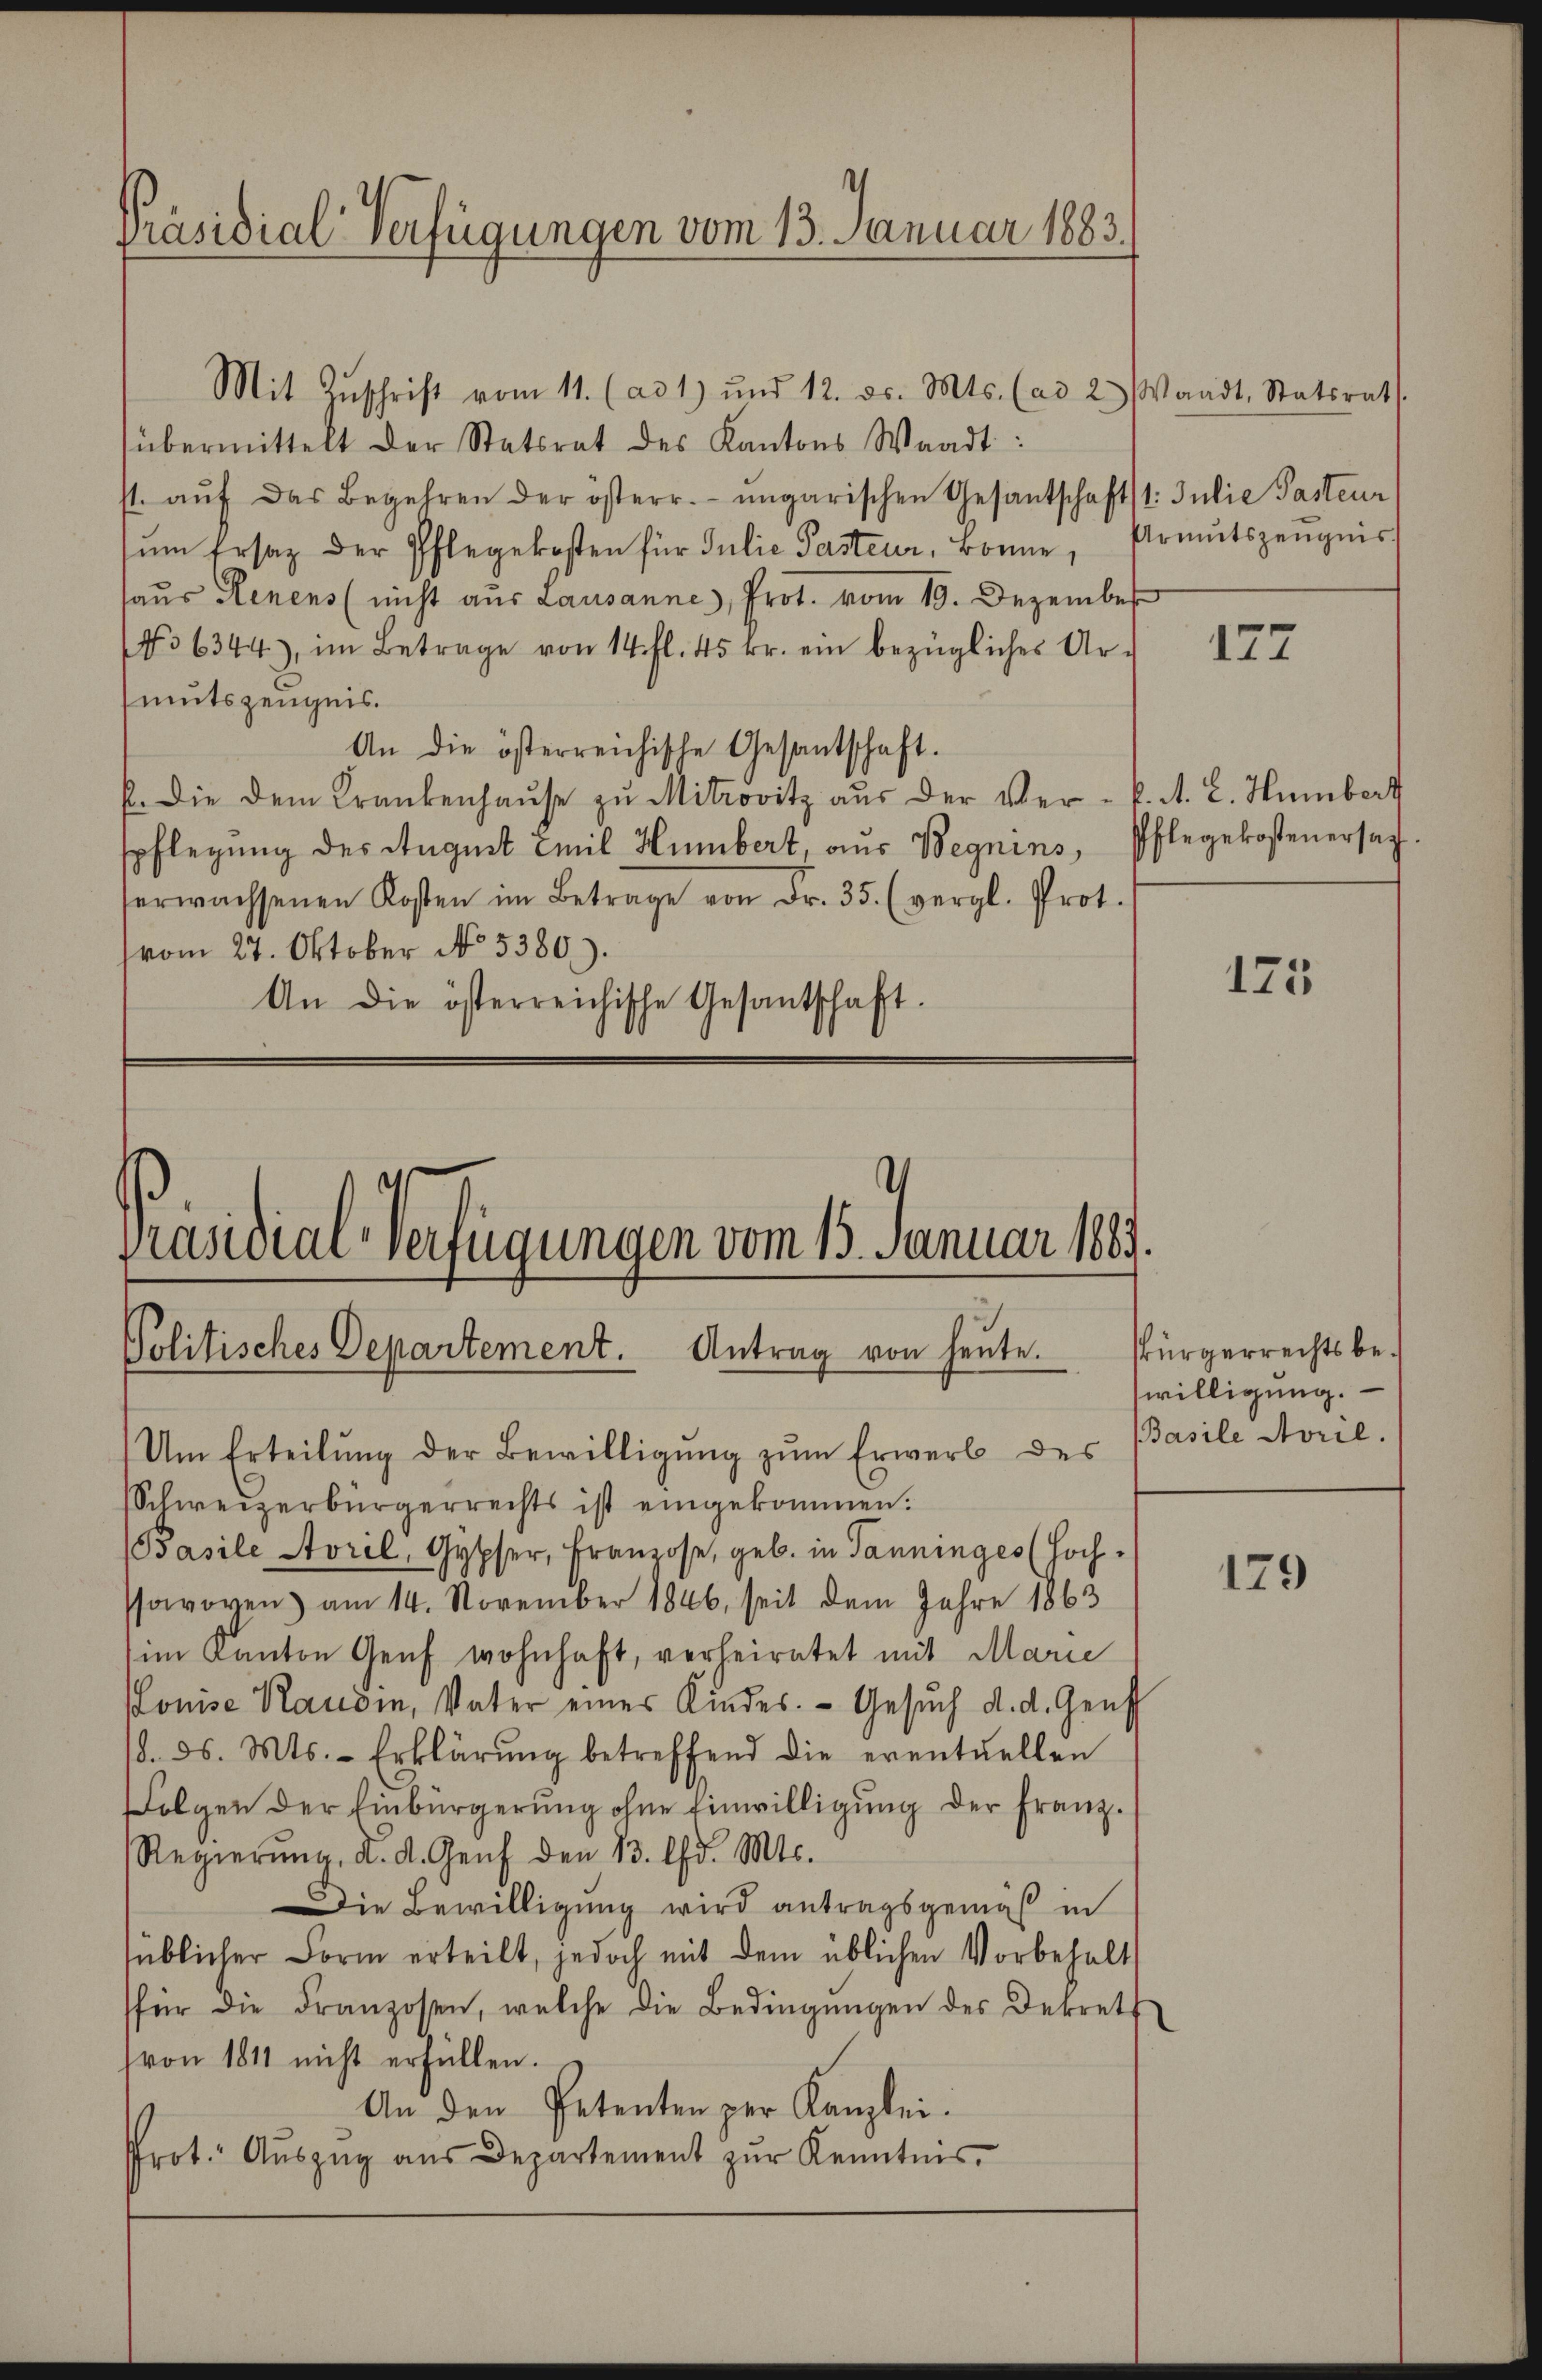
Präsidial-Verfügungen vom 13. Januar 1883.

Präsidial-Verfügungen vom 15. Januar 1883.
Politisches Departement. Antrag von heute.

Mit Zŭschrift vom 11. (ad 1) und 12. ds. Mts. (ad 2) Waadt, Statsrat
übermittelt der Statsrat des Kantons Waadt:
st. aŭf das Begehren der österr. ungarischen Gesantschaft 1. Julie Pasteur
ŭm Ersatz der Pflegekosten für Julie Pasteur, Bonne, Armutszeŭgnis
haus Henens (nicht aus Lausanne, Prot. vom 19. Dezember
NNo 6344), im Betrage von 14. fl. 45 fr. ein bezügliches Ur-
mutszeugnis.
An die österreichische Gesantschaft.
E. Die dem Krankenhaŭse zu Mitrovitz aus der Ver- K. A. E. Humbert
spflegung des August Emil Humbert, aus Begnins
erwachsenen Kosten im Betrage von Fr. 35. (vergl. Prot.
vom 27. Oktober No. 5380).
An die österreichische Gesantschaft.

Pflegekostenersagt.

Um Erteilŭng der Bewilligŭng zŭm Erwerb des Basile Avril.
Schweizerbürgerrechts ist eingekommen.
Basile Avril, Gypser, Franzose, geb. in Tanninges (Hochsfavoren) am 14. November 1846, seit dem Jahre 1863
im Kanton Genf wohnhaft, verheiratet mit Marie
Louise Raudin, Vater eines Kindes. - Gesuch d. d. Genf
/. ds. Mts. - Erklärung betreffend die eventuellen
Folgen der Einbürgerung ohne Einwilligung der Franz.
Regierŭng, d. d. Genf den 13. d. Mts.
Die Bewilligung wird antragsgemäß in
süblicher Form erteilt, jedoch mit dem üblichen Vorbehalt
sfür die Franzosen, welche die Bedingungen des Dekrett
von 1811 nicht erfüllen.
An den Petenten per Kanzlei.
Prot. Aŭszŭg aŭs Departement zŭr Kenntnis.

177

175

Pürgerrechts bewilligung.

129